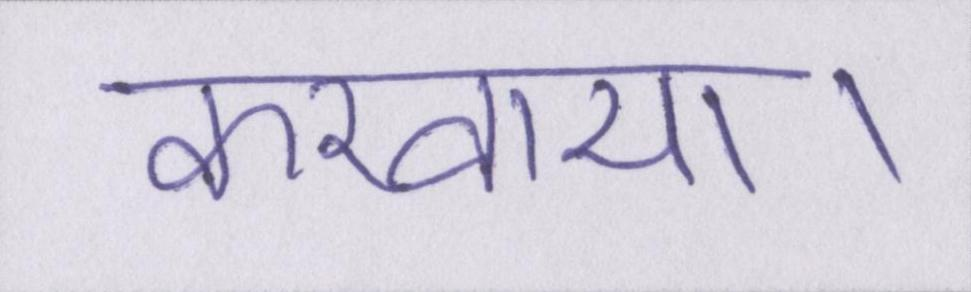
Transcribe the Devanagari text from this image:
करवाया।